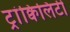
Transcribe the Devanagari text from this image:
ट्रांक्विलिटी